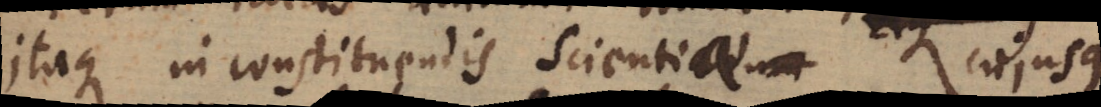
Itaque in constituendis Scientiae cujusque